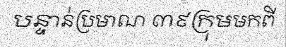
បន្ទាន់ប្រមាណ ៣៩ក្រុមមកពី